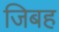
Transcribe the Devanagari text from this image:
जिबह